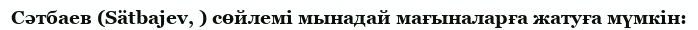
Сәтбаев (Sätbajev, ) сөйлемі мынадай мағыналарға жатуға мүмкін: